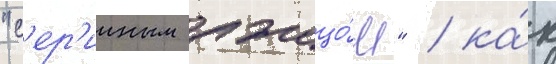
"с'ер'ииным лжецо́м" / ка́к